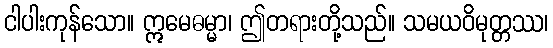
ငါပါးကုန်သော။ ဣမေဓမ္မာ၊ ဤတရားတို့သည်။ သမယဝိမုတ္တဿ၊